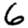
Digit: 6